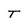
Character: T